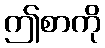
ဤစာကို